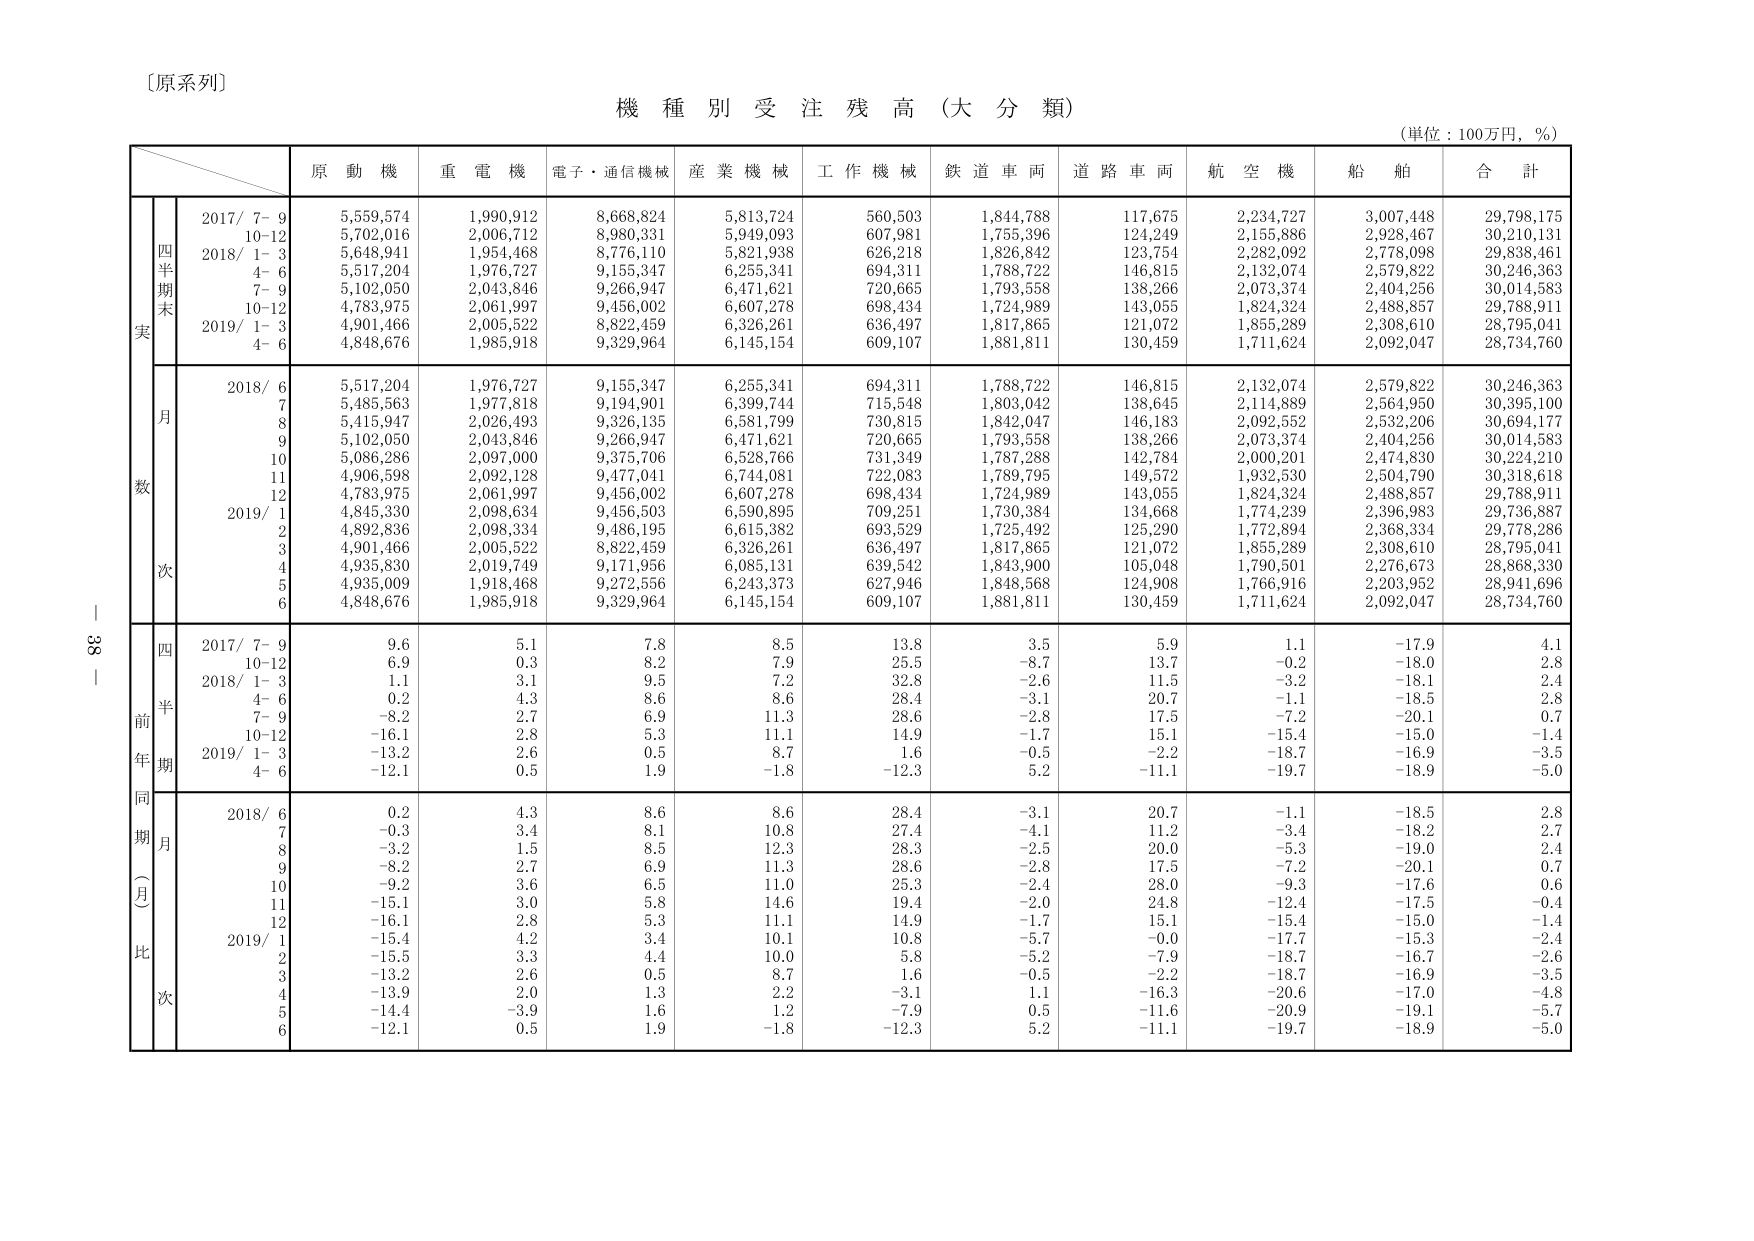
〔原系列〕

機 種 別 受 注 残 高 （大 分 類）

（単位：100万円，％）

原 動 機　重 電 機　電子・通信機械　産 業 機 械　工 作 機 械　鉄 道 車 両　道 路 車 両　航 空 機　船 舶　合 計

四半期末実
2017/ 7- 9　5,559,574　1,990,912　8,668,824　5,813,724　560,503　1,844,788　117,675　2,234,727　3,007,448　29,798,175
　10-12　5,702,016　2,006,712　8,980,331　5,949,093　607,981　1,755,396　124,249　2,155,886　2,928,467　30,210,131
2018/ 1- 3　5,648,941　1,954,468　8,776,110　5,821,938　626,218　1,826,842　123,754　2,282,092　2,778,098　29,838,461
　4- 6　5,517,204　1,976,727　9,155,347　6,255,341　694,311　1,788,722　146,815　2,132,074　2,579,822　30,246,363
　7- 9　5,102,050　2,043,846　9,266,947　6,471,621　720,665　1,793,558　138,266　2,073,374　2,404,256　30,014,583
　10-12　4,783,975　2,061,997　9,456,002　6,607,278　698,434　1,724,989　143,055　1,824,324　2,488,857　29,788,911
2019/ 1- 3　4,901,466　2,005,522　8,822,459　6,326,261　636,497　1,817,865　121,072　1,855,289　2,308,610　28,795,041
　4- 6　4,848,676　1,985,918　9,329,964　6,145,154　609,107　1,881,811　130,459　1,711,624　2,092,047　28,734,760

月数
2018/ 6　5,517,204　1,976,727　9,155,347　6,255,341　694,311　1,788,722　146,815　2,132,074　2,579,822　30,246,363
　7　5,485,563　1,977,818　9,194,901　6,399,744　715,548　1,803,042　138,645　2,114,889　2,564,950　30,395,100
　8　5,415,947　2,026,493　9,326,135　6,581,799　730,815　1,842,047　146,183　2,092,552　2,532,206　30,694,177
　9　5,102,050　2,043,846　9,266,947　6,471,621　720,665　1,793,558　138,266　2,073,374　2,404,256　30,014,583
　10　5,086,286　2,097,000　9,375,706　6,528,766　731,349　1,787,288　142,784　2,000,201　2,474,830　30,224,210
　11　4,906,598　2,092,128　9,477,041　6,744,081　722,083　1,789,795　149,572　1,932,530　2,504,790　30,318,618
　12　4,783,975　2,061,997　9,456,002　6,607,278　698,434　1,724,989　143,055　1,824,324　2,488,857　29,788,911
2019/ 1　4,845,330　2,098,634　9,456,503　6,590,895　709,251　1,730,384　134,668　1,774,239　2,396,983　29,736,887
　2　4,892,836　2,098,334　9,486,195　6,615,382　693,529　1,725,492　125,290　1,772,894　2,368,334　29,778,286
　3　4,901,466　2,005,522　8,822,459　6,326,261　636,497　1,817,865　121,072　1,855,289　2,308,610　28,795,041
　4　4,935,830　2,019,749　9,171,956　6,085,131　639,542　1,843,900　105,048　1,790,501　2,276,673　28,868,330
　5　4,935,009　1,918,468　9,272,556　6,243,373　627,946　1,848,568　124,908　1,766,916　2,203,952　28,941,696
　6　4,848,676　1,985,918　9,329,964　6,145,154　609,107　1,881,811　130,459　1,711,624　2,092,047　28,734,760

四半期前年比
2017/ 7- 9　9.6　5.1　7.8　8.5　13.8　3.5　5.9　1.1　-17.9　4.1
　10-12　6.9　0.3　8.2　7.9　25.5　-8.7　13.7　-0.2　-18.0　2.8
2018/ 1- 3　1.1　3.1　9.5　7.2　32.8　-2.6　11.5　-3.2　-18.1　2.4
　4- 6　0.2　4.3　8.6　8.6　28.4　3.1　20.7　-1.1　-18.5　2.8
　7- 9　-8.2　2.7　6.9　11.3　28.6　-2.8　17.5　-7.2　-20.1　0.7
　10-12　-16.1　2.8　5.3　11.1　14.9　-1.7　15.1　-15.4　-15.0　-1.4
2019/ 1- 3　-13.2　2.6　0.5　8.7　1.6　-0.5　-2.2　-18.7　-16.9　-3.5
　4- 6　-12.1　0.5　1.9　-1.8　-12.3　5.2　-11.1　-19.7　-18.9　-5.0

同期月比
2018/ 6　0.2　4.3　8.6　8.6　28.4　-3.1　20.7　-1.1　-18.5　2.8
　7　-0.3　3.4　8.1　10.8　27.4　-4.1　11.2　-3.4　-18.2　2.7
　8　-3.2　1.5　8.5　12.3　28.3　-2.5　20.0　-5.3　-19.0　2.4
　9　-8.2　2.7　6.9　11.3　28.6　-2.8　17.5　-7.2　-20.1　0.7
　10　-9.2　3.6　6.5　11.0　25.3　-2.4　28.0　-9.3　-17.6　0.6
　11　-15.1　3.0　5.8　14.6　19.4　-2.0　24.8　-12.4　-17.5　-0.4
　12　-16.1　2.8　5.3　11.1　14.9　-1.7　15.1　-15.4　-15.0　-1.4
2019/ 1　-15.4　4.2　3.4　10.1　10.8　-5.7　-0.0　-17.7　-15.3　-2.4
　2　-15.5　3.3　4.4　10.0　5.8　-5.2　-7.9　-18.7　-16.7　-2.6
　3　-13.2　2.6　0.5　8.7　1.6　-0.5　-2.2　-18.7　-16.9　-3.5
　4　-13.9　2.0　1.3　2.2　-3.1　1.1　-16.3　-20.6　-17.0　-4.8
　5　-14.4　-3.9　1.6　1.2　-7.9　0.5　-11.6　-20.9　-19.1　-5.7
　6　-12.1　0.5　1.9　-1.8　-12.3　5.2　-11.1　-19.7　-18.9　-5.0

381